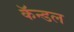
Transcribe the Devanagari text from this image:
कॅन्डल